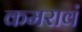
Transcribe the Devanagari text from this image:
कमरावं